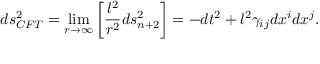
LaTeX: d s _ { C F T } ^ { 2 } = \operatorname * { l i m } _ { r \to \infty } \left[ { \frac { l ^ { 2 } } { r ^ { 2 } } } d s _ { n + 2 } ^ { 2 } \right] = - d t ^ { 2 } + l ^ { 2 } \gamma _ { i j } d x ^ { i } d x ^ { j } .